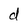
Character: d